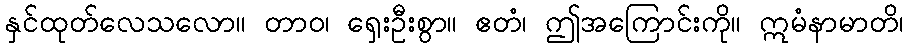
နှင်ထုတ်လေသလော။ တာဝ၊ ရှေးဦးစွာ။ ဧတံ၊ ဤအကြောင်းကို။ ဣမံနာမာတိ၊